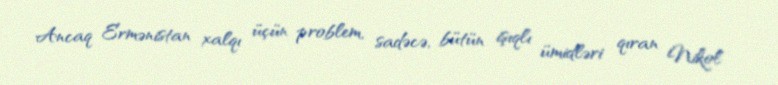
Ancaq Ermənistan xalqı üçün problem, sadəcə, bütün işıqlı ümidləri qıran Nikol